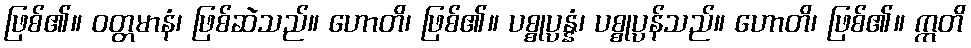
ဖြစ်၏။ ဝတ္တမာနံ၊ ဖြစ်ဆဲသည်။ ဟောတိ၊ ဖြစ်၏။ ပစ္စုပ္ပန္နံ၊ ပစ္စုပ္ပန်သည်။ ဟောတိ၊ ဖြစ်၏။ ဣတိ